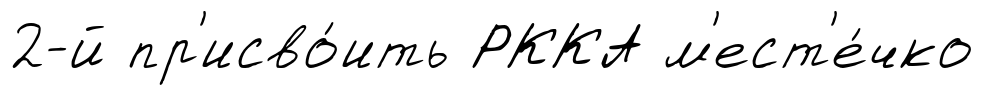
2-й пр'исво́ить РККА м'ест'е́чко